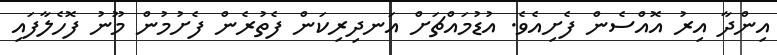
އިންދާ އިރު އޮއްސެން ފެށިއެވެ. އުޑުމައްޗަށް އަނދިރިކަން ފެތުރެން ފެށުމުން މޫނު ފޮހެލާފައި